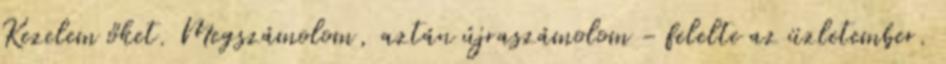
Kezelem őket. Megszámolom, aztán újraszámolom - felelte az üzletember.